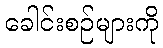
ခေါင်းစဉ်များကို